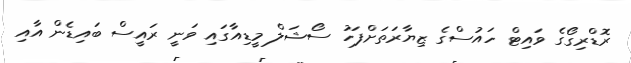
ރޮޑްރިގޯގެ ވައިޓް ހައުސްގެ ޒިޔާރަތަށްފަހު ސޯޝަލް މީޑިއާގައި ވަނީ ރައީސް ބައިޑެން އާއި